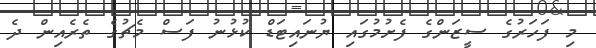
މި ފަހަރުގެ ސީޒަންގެ ފެށުމުގައި ޔުނައިޓަޑް ކުޅުނު ފަސް މެޗުގެ ތެރެއިން ދެ